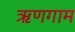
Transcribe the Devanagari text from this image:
ऋणगाम